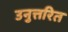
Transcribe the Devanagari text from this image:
उनुत्तरित